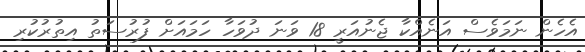
އެހެން ނަމަވެސް އަނެއްކާ ޖެނުއަރީ 18 ވަނަ ދުވަހާ ހަމައަށް ފުރުސަތު އިތުރުކުރި